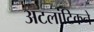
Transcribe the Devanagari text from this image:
अटलांटिकने